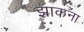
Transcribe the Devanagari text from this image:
झाकना